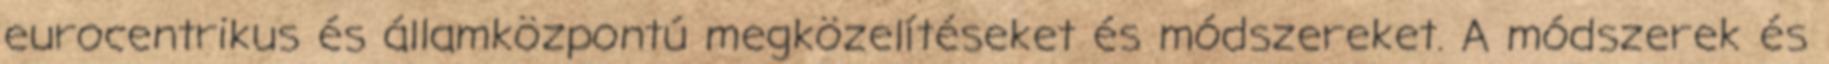
eurocentrikus és államközpontú megközelítéseket és módszereket. A módszerek és